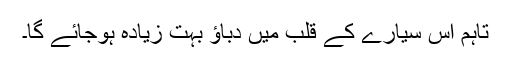
تاہم اس سیارے کے قلب میں دباؤ بہت زیادہ ہوجائے گا۔